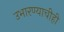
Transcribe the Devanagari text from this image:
उभारण्याचीही